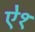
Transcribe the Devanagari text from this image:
ऐ१